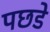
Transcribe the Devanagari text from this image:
पछडे